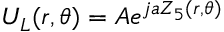
U _ { L } ( r , \theta ) = A e ^ { j a Z _ { 5 } ( r , \theta ) }